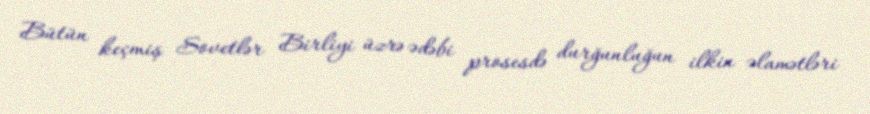
Bütün keçmiş Sovetlər Birliyi üzrə ədəbi prosesdə durğunluğun ilkin əlamətləri